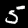
Digit: 5